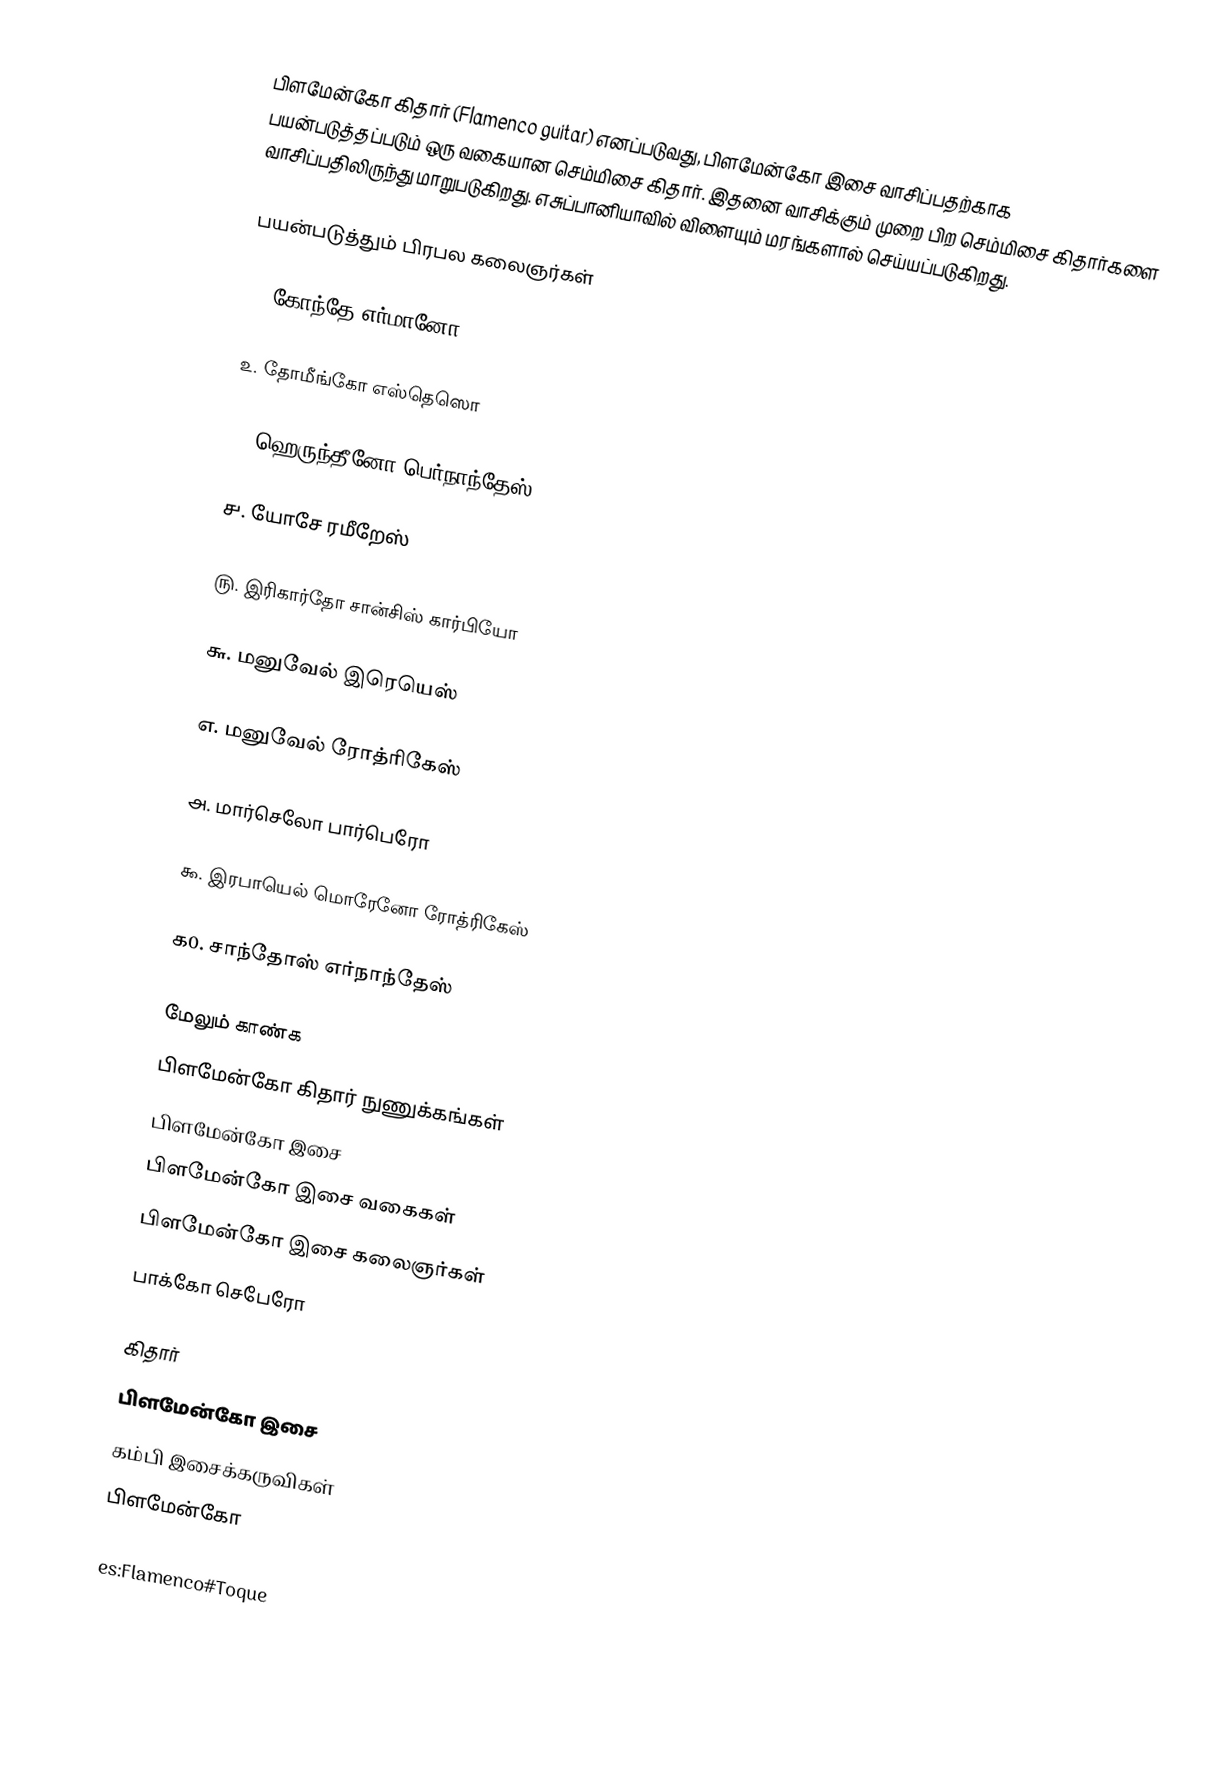
பிளமேன்கோ கிதார் (Flamenco guitar) எனப்படுவது, பிளமேன்கோ இசை வாசிப்பதற்காக பயன்படுத்தப்படும் ஒரு வகையான செம்மிசை கிதார். இதனை வாசிக்கும் முறை பிற செம்மிசை கிதார்களை வாசிப்பதிலிருந்து மாறுபடுகிறது. எசுப்பானியாவில் விளையும் மரங்களால் செய்யப்படுகிறது.

பயன்படுத்தும் பிரபல கலைஞர்கள்

௧. கோந்தே எர்மானோ

௨. தோமீங்கோ எஸ்தெஸொ

௩. ஹெருந்தீனோ பெர்நாந்தேஸ்

௪. யோசே ரமீறேஸ்

௫. இரிகார்தோ சான்சிஸ் கார்பியோ

௬. மனுவேல் இரெயெஸ்

௭. மனுவேல் ரோத்ரிகேஸ்

௮. மார்செலோ பார்பெரோ

௯. இரபாயெல் மொரேனோ ரோத்ரிகேஸ்

௧0. சாந்தோஸ் எர்நாந்தேஸ்

மேலும் காண்க
 பிளமேன்கோ கிதார் நுணுக்கங்கள்
 பிளமேன்கோ இசை
 பிளமேன்கோ இசை வகைகள்
 பிளமேன்கோ இசை கலைஞர்கள்
 பாக்கோ செபேரோ

கிதார்
பிளமேன்கோ இசை
கம்பி இசைக்கருவிகள்
பிளமேன்கோ

es:Flamenco#Toque